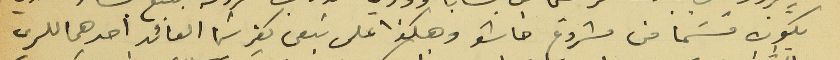
يكون قسَما من مشروع خاشو وهكذا على نبعي كفرشيما العائد احدهما للري